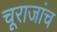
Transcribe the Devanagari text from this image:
चूराजांच